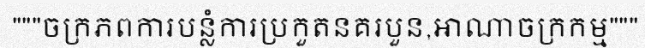
"""ចក្រភពការបន្លំការប្រកួតនគរបួន,អាណាចក្រកម្ម"""